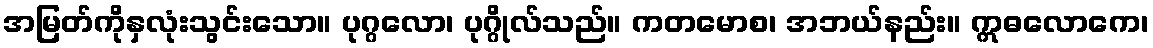
အမြတ်ကိုနှလုံးသွင်းသော။ ပုဂ္ဂလော၊ ပုဂ္ဂိုလ်သည်။ ကတမောစ၊ အဘယ်နည်း။ ဣဓလောကေ၊